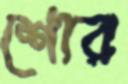
শোর